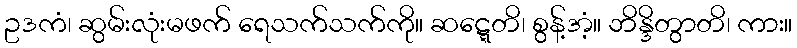
ဥဒကံ၊ ဆွမ်းလုံးမဖက် ရေသက်သက်ကို။ ဆဋ္ဋေတိ၊ စွန့်အံ့။ ဘိန္ဒိတွာတိ၊ ကား။